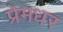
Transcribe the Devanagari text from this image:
प्रेमधर